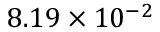
8 . 1 9 \times 1 0 ^ { - 2 }